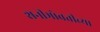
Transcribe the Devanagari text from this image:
शनीभोवतीच्या